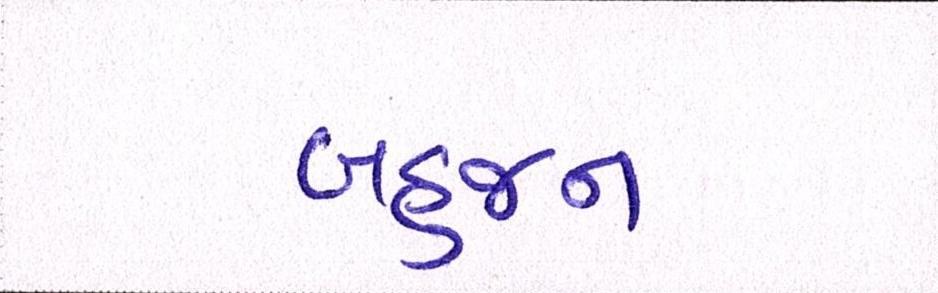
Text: બહુજન